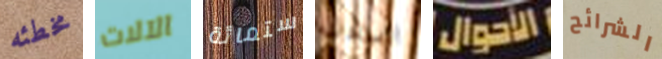
مخطئه الآلات ستمائة السادسه الأحوال الشرائح